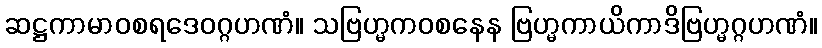
ဆဋ္ဌကာမာဝစရဒေဝဂ္ဂဟဏံ။ သဗြဟ္မကဝစနေန ဗြဟ္မကာယိကာဒိဗြဟ္မဂ္ဂဟဏံ။